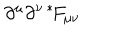
\partial ^ { \mu } \partial ^ { \nu \: * \! } F _ { \mu \nu }